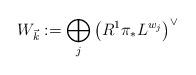
LaTeX: \begin{align*}W_{\vec k}:=\bigoplus_j\left(R^1\pi_* L^{w_j}\right)^\vee\end{align*}